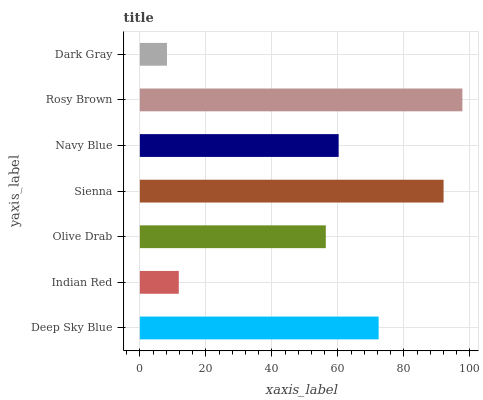
| yaxis_label | bars |
 | --- | --- |
 | Deep Sky Blue | 72.3 |
 | Indian Red | 11.8 |
 | Olive Drab | 56.3 |
 | Sienna | 92 |
 | Navy Blue | 60.2 |
 | Rosy Brown | 97.7 |
 | Dark Gray | 8.21 |